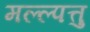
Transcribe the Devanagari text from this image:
मल्ल्पत्तु